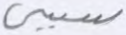
سببي